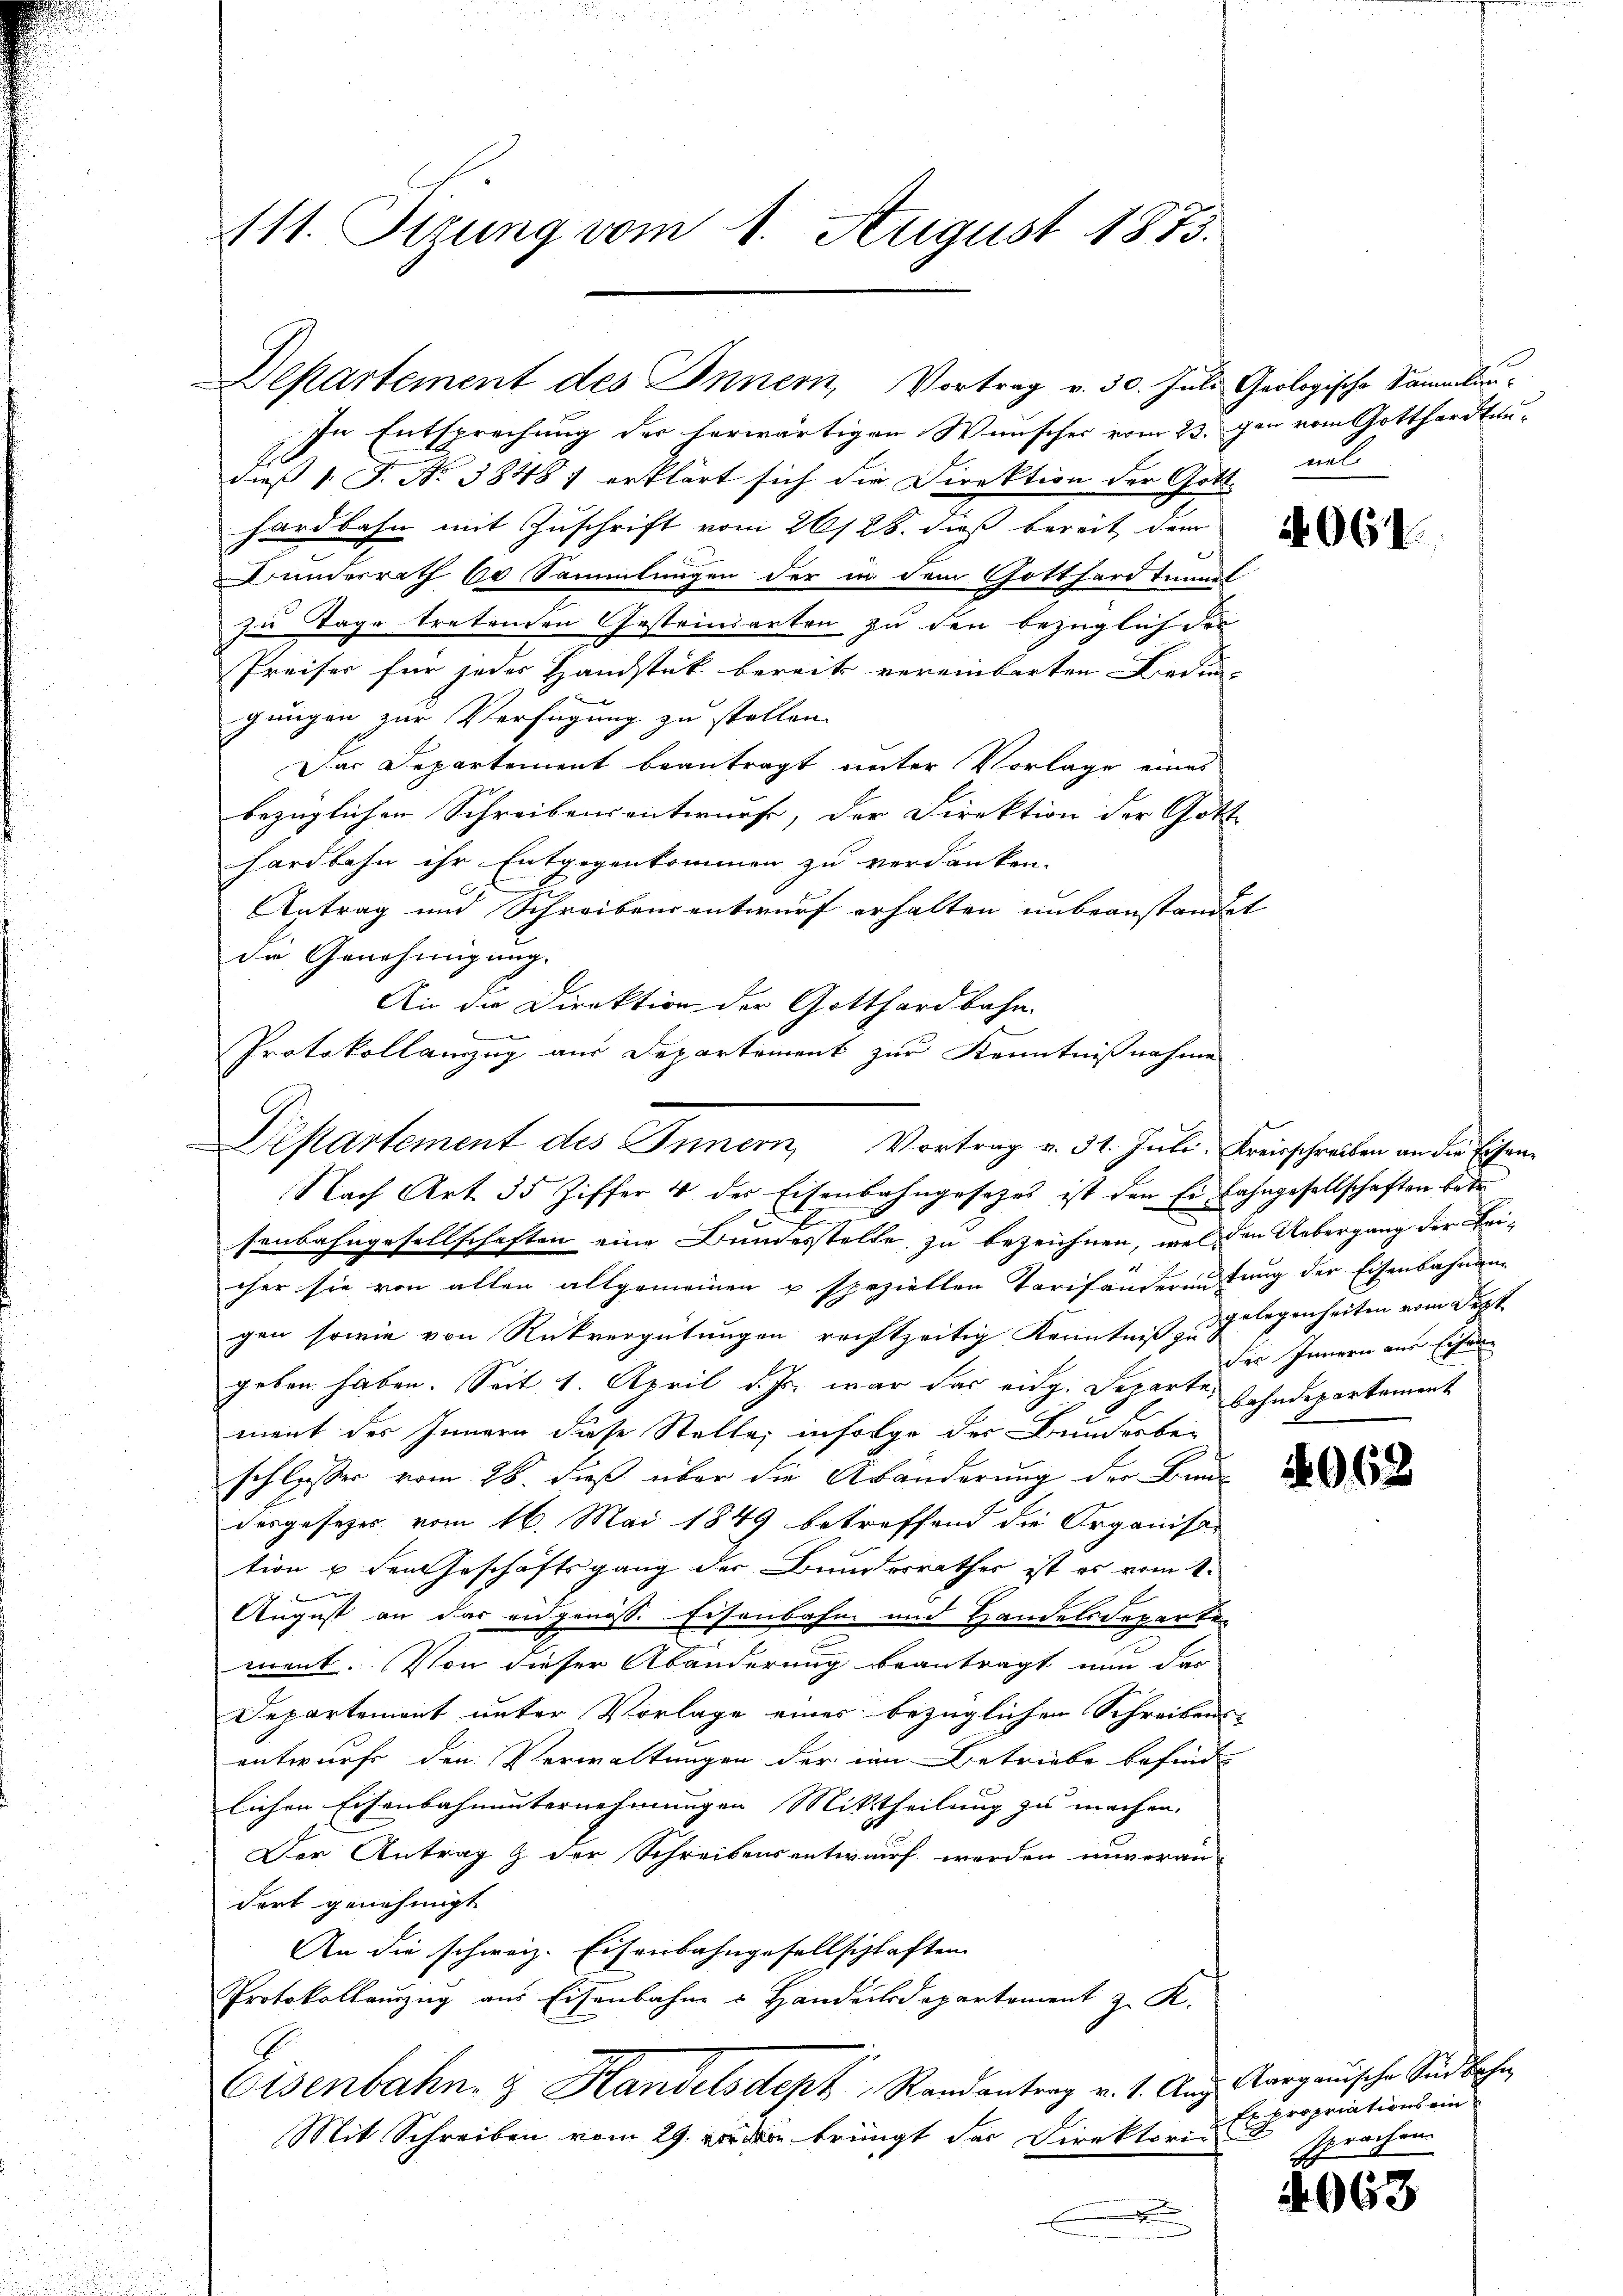
111. Sitzung vom 1. August 1875.

Departement des Innern, Vortrag v. 30. Juli Geologische Sammlun¬

In Entsprechung der herwärtigen Wunscher vom 23. gen vom Gotthardtun
dieß 1 S. Nr. 38487 erklärt sich die Direktion der Gotthardbahn mit Zuschrift vom 26/28. dieß bereit dem
Bundesrath 60 Sammlungen der in dem Gotthardtunnit
zu Tage tretenden Gestrinderten zu den bezüglich der
Preises für jeder Handstük bereits vereinbarten Bedin
gungen zur Verfügung zu stellen.
Das Departement beantragt unter Vorlage eines
bezüglichen Schreibensantwurfe, der Direktion der Gott
hardbahn ihr Entgegenkommen zu verdanken.
Antrag und Schreibensentwurf erhalten unbeanstandet
die Genehmigung.
An die Direktion der Gotthardbahn.
Nach Art. 35 Ziffer 4 der Eisenbahngesetzes ist den Ei Lahngesellschaften betr.
senbahngesellschaften eine Bundesstelle zu bezeichnen, wel den Uebergang der Lei-
eher sie von allen allgemeinen u speziellen Tarifanderunstung der Eisenbahnang
gen sowie von Rückvergütungen rechtzeitig Kenntniß zulegenheiten vom Sept.
geben haben. Seit 1. April d. Js. war das eidg. Departe, sehndepartament
ment des Innern diese Stelle, infolge der Bunderbe-
schlassen vom 26. dieß über die Abänderung der Ban
desgesezes vom 16. Mai 1849 betreffend die Organisa
tion u den Geschäftsgang der Bundesrathes ist es vom 1.

August an das eidgenöss. Eisenbahn und Handelsdeparten
ment. Von dieser Abänderung beantragt nun das
Departement unter Vorlage eines bezüglichen Schreibens-
entwurf den Verwaltungen der im Betriebe befinde
lichen Eisenbahnunternehmungen Mittheilung zu machen.
Der Antrag & der Schreibensentwarf werden unveran-
dert genehmigt
An die schweiz. Eisenbahngesellschlaften
Protokollauszug aus Eisenbahn u Handelsdepartement z. R.
Eisenbahn & Handelsdept, Randantrag v. 1. Aug. Aargauische Sind beha
Mit Schreiben vom 29. der bringt der Direktoris
.

Protokollamzug aus Departement zur Kenntnißnahme
Departement des Innern, Vortrag v. 31. Juli, Kreisschreiben an die Eisen¬

un

der Innern aus Eisen

Expropriations einsprochen.

4063